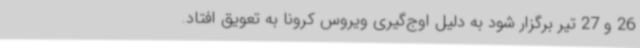
26 و 27 تیر برگزار شود به دلیل اوج‌گیری ویروس کرونا به تعویق افتاد.